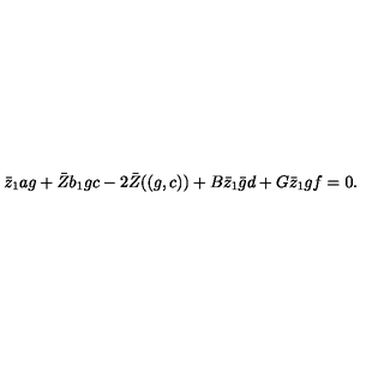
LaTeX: \bar { z } _ { 1 } a g + \bar { Z } b _ { 1 } g c - 2 \bar { Z } ( ( g , c ) ) + B \bar { z } _ { 1 } \bar { g } d + G \bar { z } _ { 1 } g f = 0 .